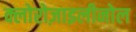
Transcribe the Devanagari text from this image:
क्लोरोज़ाइलीनोल